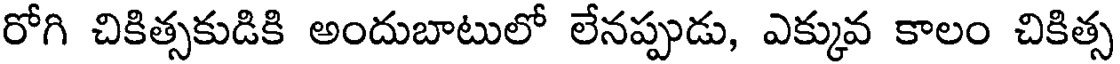
రోగి చికిత్సకుడికి అందుబాటులో లేనప్పుడు, ఎక్కువ కాలం చికిత్స